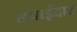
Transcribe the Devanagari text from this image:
छपाईदार